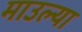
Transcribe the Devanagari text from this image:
माउल्या